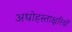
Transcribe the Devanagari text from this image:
अधोहस्ताक्षरियों